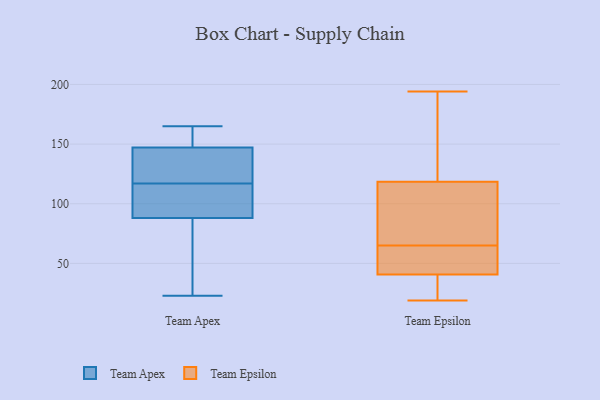
{"axis": {"x": "Budget (USD K)", "y": "Value"}, "legend": ["Team Apex", "Team Epsilon"], "data": [{"x": "", "y": 152, "type": "Team Apex"}, {"x": "", "y": 165, "type": "Team Apex"}, {"x": "", "y": 86, "type": "Team Apex"}, {"x": "", "y": 151, "type": "Team Apex"}, {"x": "", "y": 142, "type": "Team Apex"}, {"x": "", "y": 120, "type": "Team Apex"}, {"x": "", "y": 72, "type": "Team Apex"}, {"x": "", "y": 123, "type": "Team Apex"}, {"x": "", "y": 49, "type": "Team Apex"}, {"x": "", "y": 112, "type": "Team Apex"}, {"x": "", "y": 155, "type": "Team Apex"}, {"x": "", "y": 94, "type": "Team Apex"}, {"x": "", "y": 117, "type": "Team Apex"}, {"x": "", "y": 95, "type": "Team Apex"}, {"x": "", "y": 122, "type": "Team Apex"}, {"x": "", "y": 52, "type": "Team Apex"}, {"x": "", "y": 23, "type": "Team Apex"}, {"x": "", "y": 110, "type": "Team Apex"}, {"x": "", "y": 149, "type": "Team Apex"}, {"x": "", "y": 36, "type": "Team Epsilon"}, {"x": "", "y": 194, "type": "Team Epsilon"}, {"x": "", "y": 114, "type": "Team Epsilon"}, {"x": "", "y": 40, "type": "Team Epsilon"}, {"x": "", "y": 119, "type": "Team Epsilon"}, {"x": "", "y": 65, "type": "Team Epsilon"}, {"x": "", "y": 43, "type": "Team Epsilon"}, {"x": "", "y": 47, "type": "Team Epsilon"}, {"x": "", "y": 149, "type": "Team Epsilon"}, {"x": "", "y": 117, "type": "Team Epsilon"}, {"x": "", "y": 19, "type": "Team Epsilon"}]}